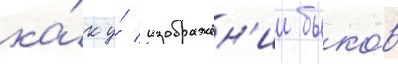
ка́к у́ изображен'ии быко́в